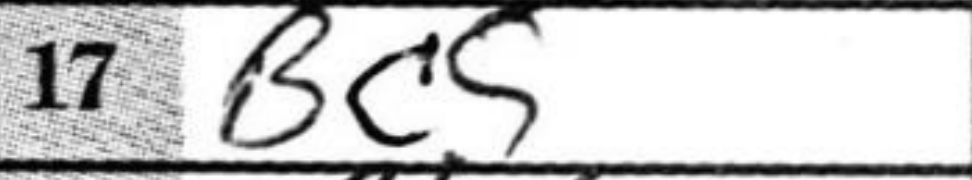
Transcription: Bc5